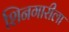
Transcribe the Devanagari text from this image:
शिनगारीला